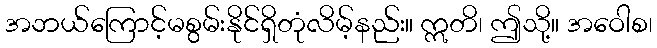
အဘယ်ကြောင့်မစွမ်းနိုင်ရှိတုံလိမ့်နည်း။ ဣတိ၊ ဤသို့။ အဝေါစ၊